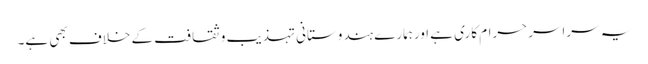
یہ سراسرحرام کاری ہے اورہمارے ہندوستانی تہذیب وثقافت کے خلاف بھی ہے۔